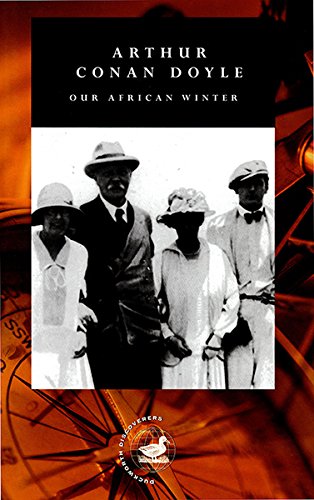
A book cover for Our African Winter (Duckworth Discoverers); Arthur Conan Doyle; Travel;